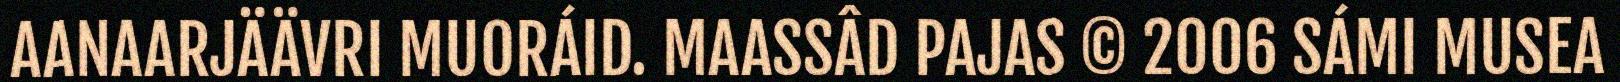
AANAARJÄÄVRI MUORÁID. MAASSÂD PAJAS © 2006 SÁMI MUSEA